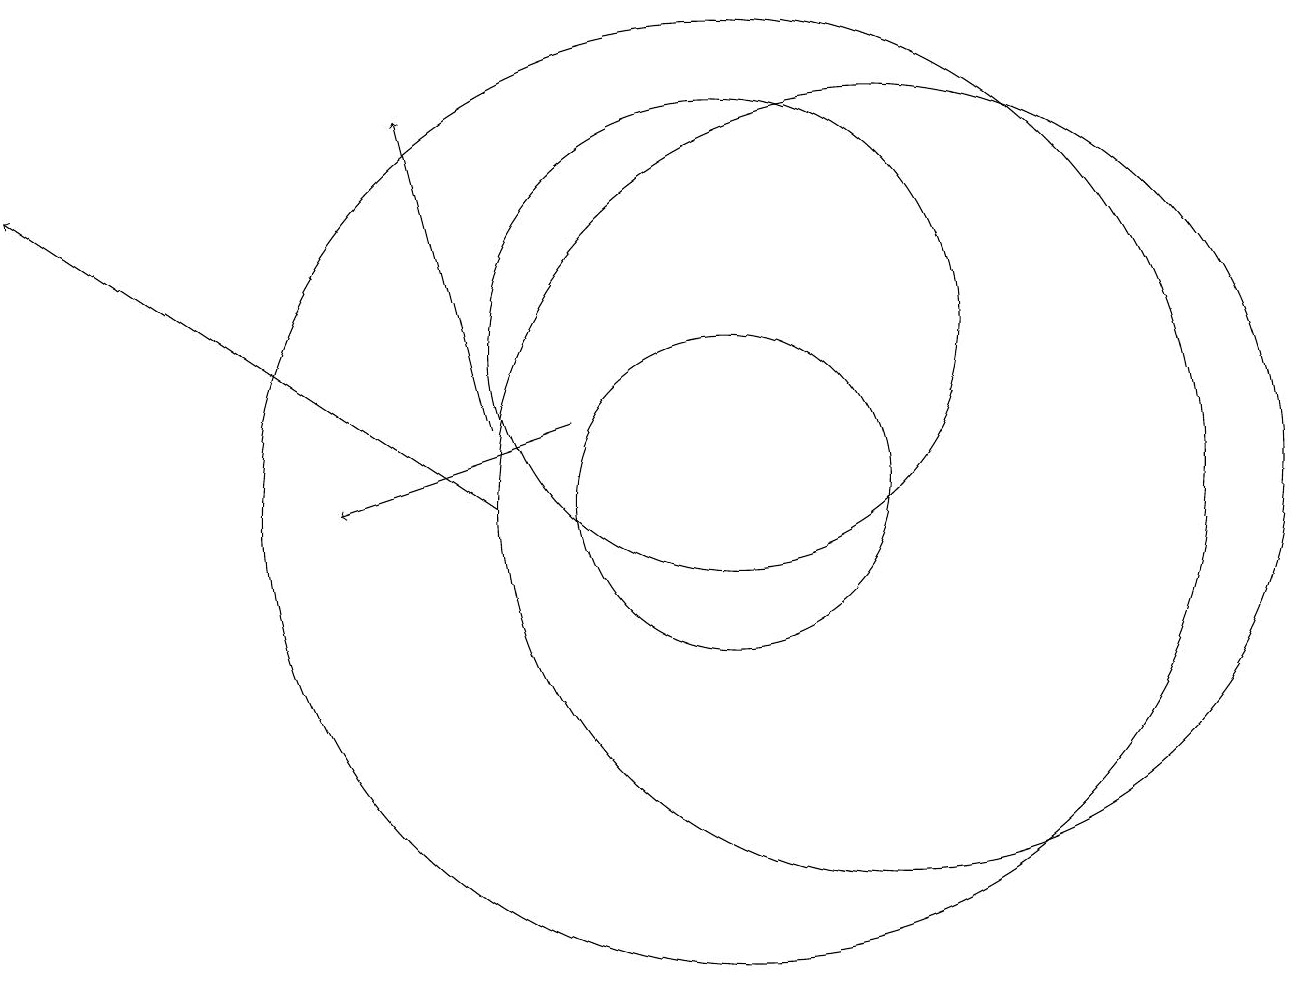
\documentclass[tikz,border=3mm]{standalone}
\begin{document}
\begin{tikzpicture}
\draw[->] (8,11) -- (5,10);
\draw (10,10) circle (6);
\draw (10,12) circle (3);
\draw (12,10) circle (5);
\draw (10,10) circle (2);
\draw[->] (7,10) -- (1,14);
\draw[->] (7,11) -- (6,15);
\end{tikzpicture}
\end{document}